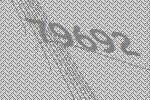
79692